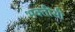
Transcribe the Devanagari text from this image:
भक्तींसी